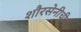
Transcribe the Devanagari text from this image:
शौरसेनीची